Tezpur Lunatic Asylum reports 1877-1894 - 1877-1894
Year: 1877
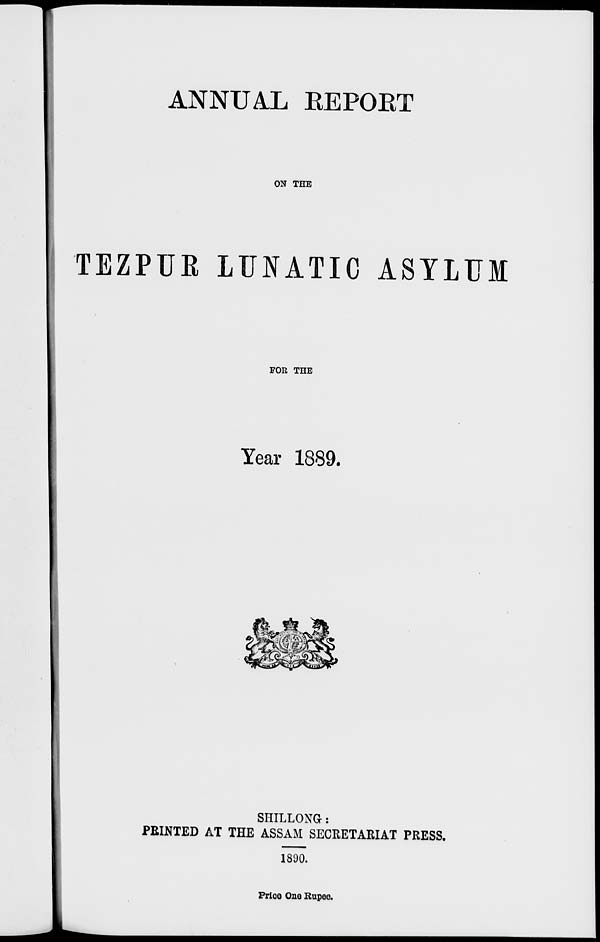
ANNUAL EEPOKT
ON THE
TEZPUR LUNATIC ASYLUM
FOR THE
Year 1889.
SHILLONG :
PRINTED AT THE ASSAM SECRETARIAT PRESS.
1890.
FriGO One Rupee.